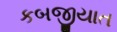
કબજીયાત